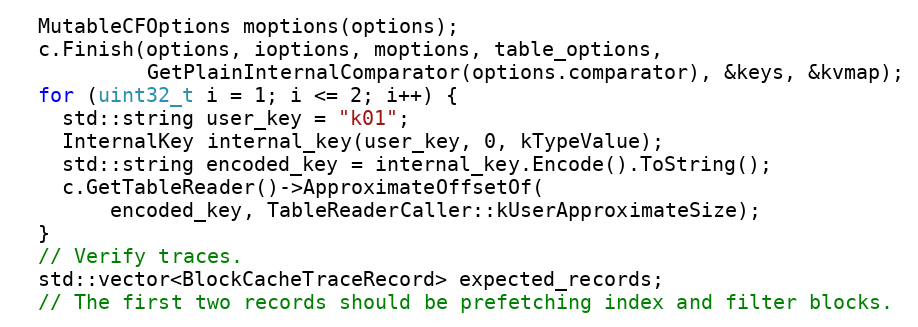
Language: C++
  MutableCFOptions moptions(options);
  c.Finish(options, ioptions, moptions, table_options,
           GetPlainInternalComparator(options.comparator), &keys, &kvmap);
  for (uint32_t i = 1; i <= 2; i++) {
    std::string user_key = "k01";
    InternalKey internal_key(user_key, 0, kTypeValue);
    std::string encoded_key = internal_key.Encode().ToString();
    c.GetTableReader()->ApproximateOffsetOf(
        encoded_key, TableReaderCaller::kUserApproximateSize);
  }
  // Verify traces.
  std::vector<BlockCacheTraceRecord> expected_records;
  // The first two records should be prefetching index and filter blocks.